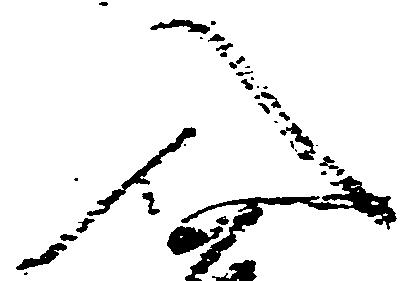
入